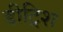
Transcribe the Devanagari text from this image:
डीट्रिश